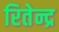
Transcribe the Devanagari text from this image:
रितेन्द्र